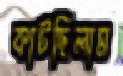
কাটছিলাম